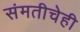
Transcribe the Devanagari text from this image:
संमतीचेही